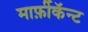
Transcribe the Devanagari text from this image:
मार्फ़ीकॅन्ट